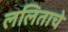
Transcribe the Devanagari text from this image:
ललिताचे